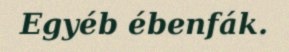
Egyéb ébenfák.